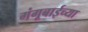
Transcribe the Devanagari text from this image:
गंगूबाईच्या